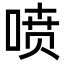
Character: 喷